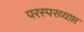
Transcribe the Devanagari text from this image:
परस्परव्याप्त